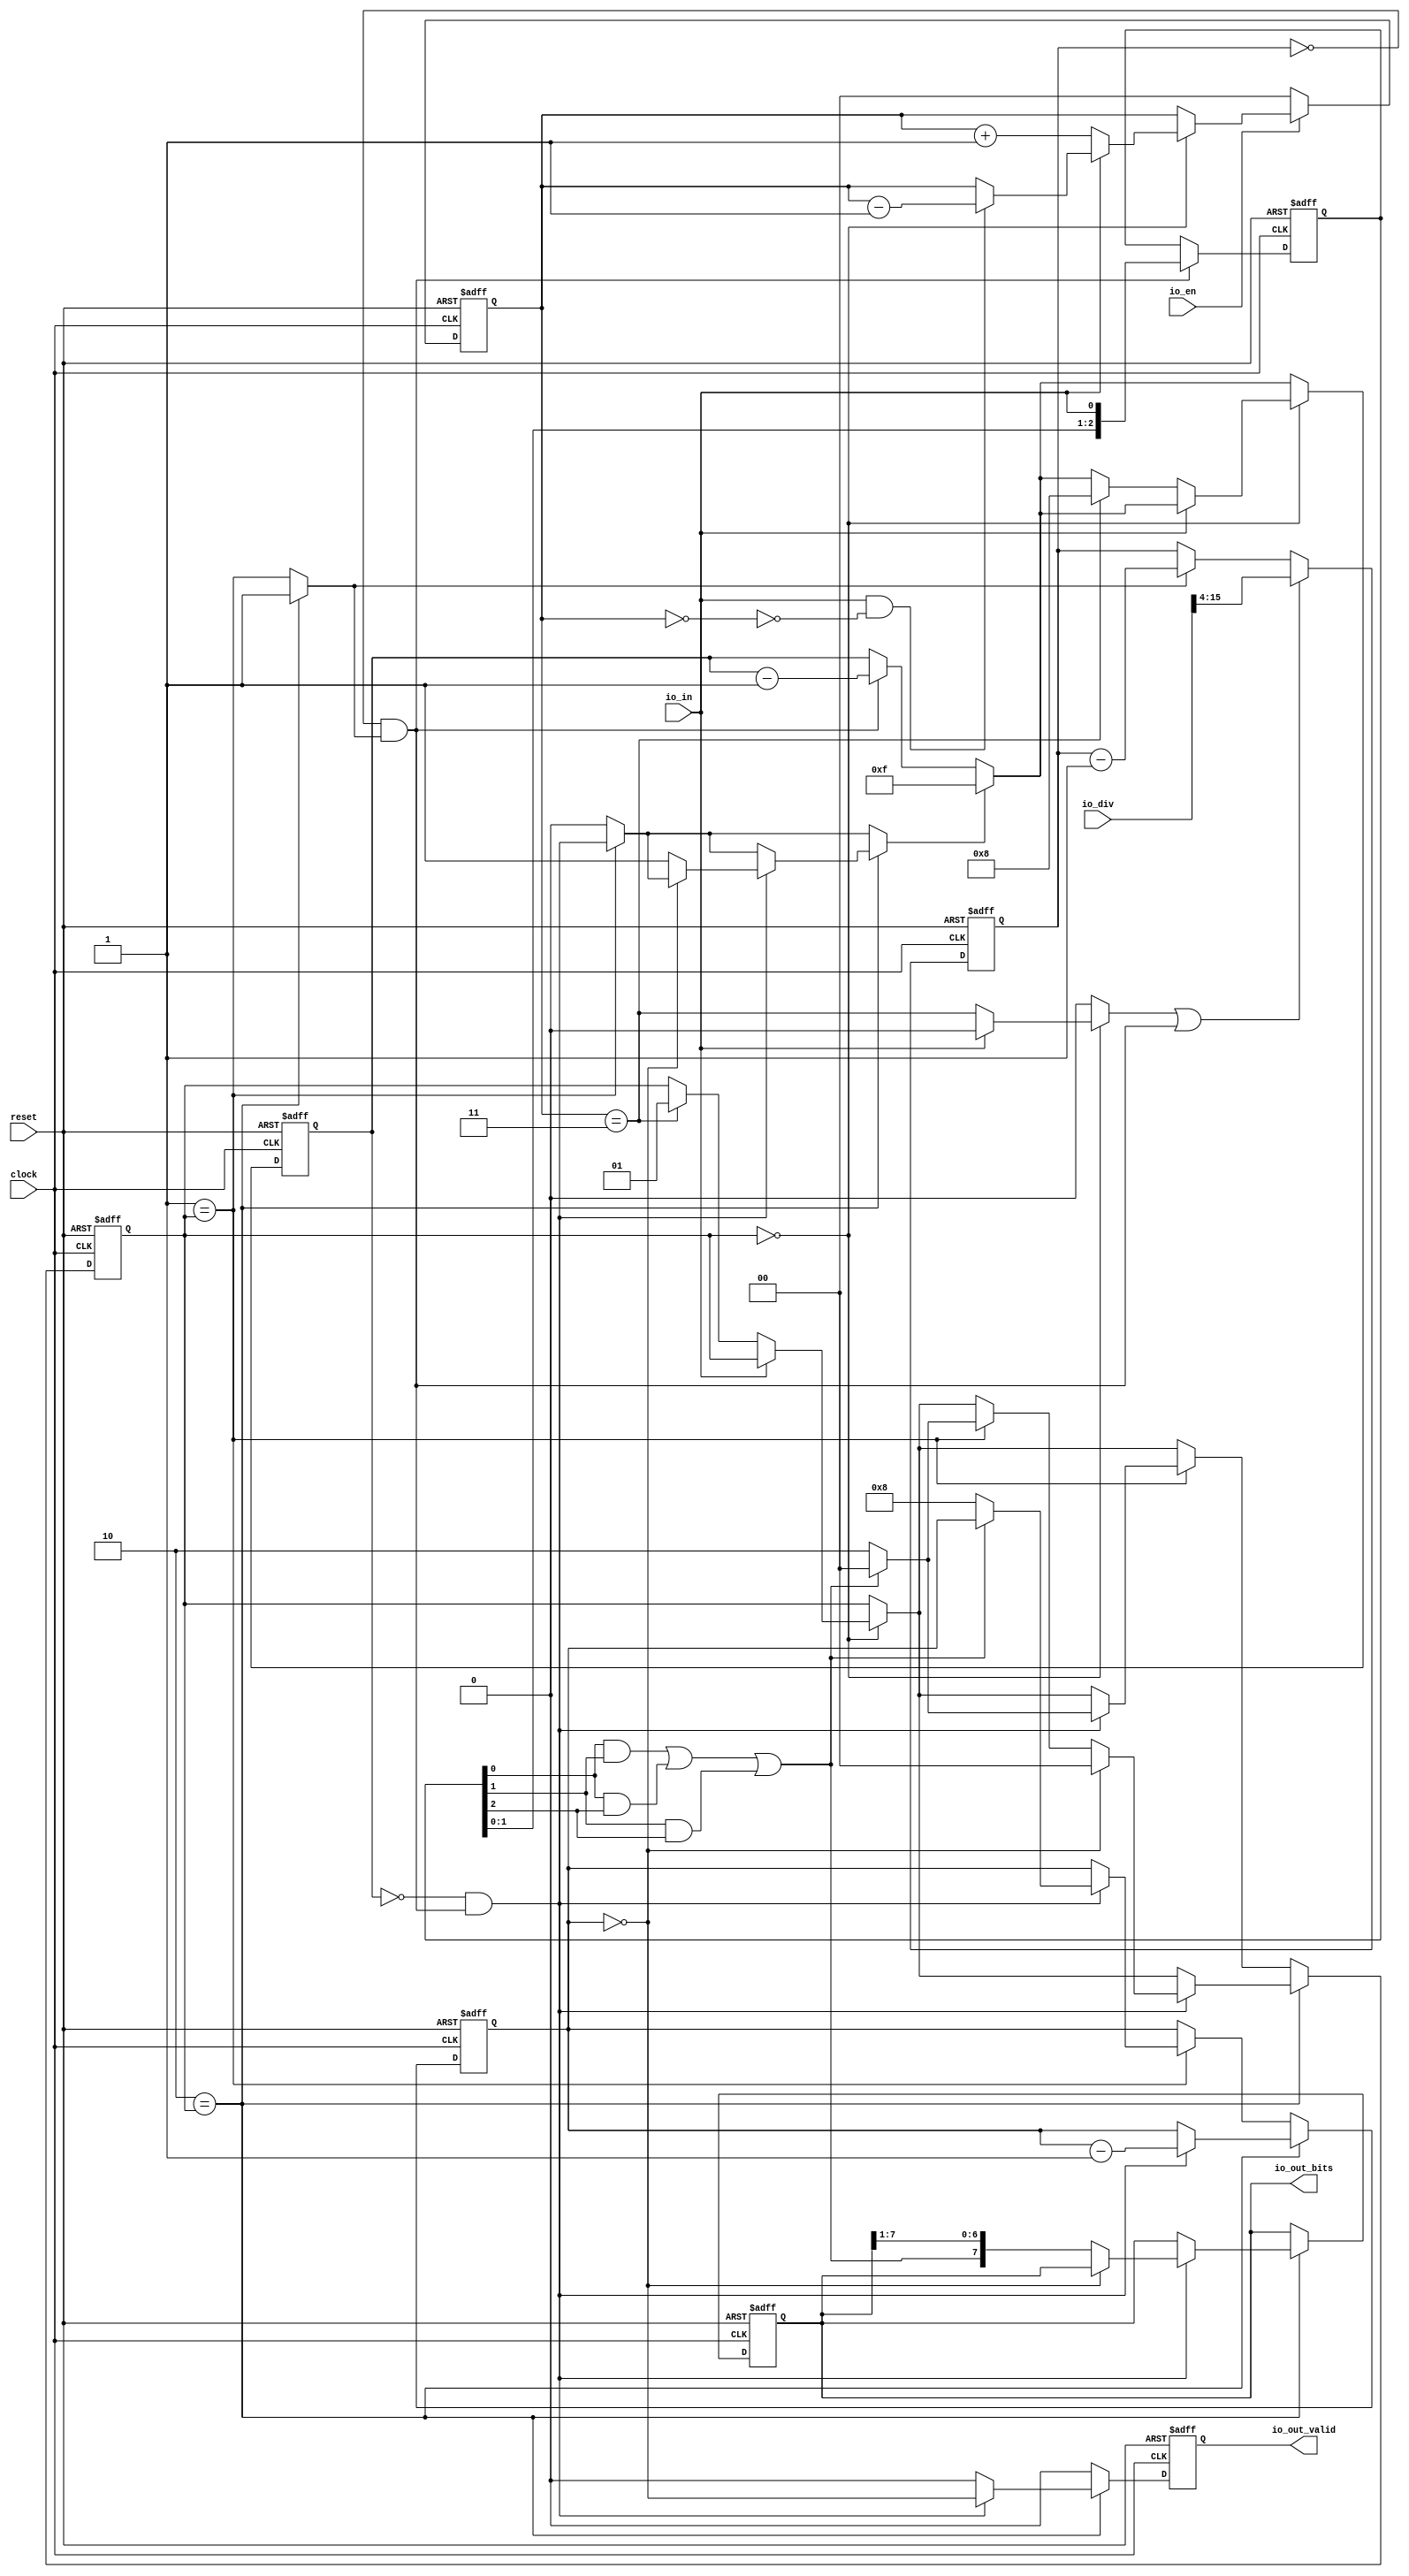
module n101_uartrx(
  input   clock,
  input   reset,
  input   io_en,
  input   io_in,
  output  io_out_valid,
  output [7:0] io_out_bits,
  input  [15:0] io_div
);
  reg [1:0] debounce;
  reg [31:0] GEN_7;
  wire  debounce_max;
  wire  debounce_min;
  reg [11:0] prescaler;
  reg [31:0] GEN_20;
  wire  start;
  wire  busy;
  wire  T_21;
  wire  pulse;
  wire [12:0] T_23;
  wire [11:0] T_24;
  wire [11:0] GEN_0;
  wire  T_25;
  wire [11:0] T_26;
  wire [11:0] GEN_1;
  reg [2:0] sample;
  reg [31:0] GEN_23;
  wire  T_28;
  wire  T_29;
  wire  T_30;
  wire  T_31;
  wire  T_32;
  wire  T_33;
  wire  T_34;
  wire  T_35;
  wire [3:0] T_36;
  wire [3:0] GEN_2;
  reg [4:0] timer;
  reg [31:0] GEN_28;
  reg [3:0] counter;
  reg [31:0] GEN_43;
  reg [7:0] shifter;
  reg [31:0] GEN_44;
  wire  T_41;
  wire  expire;
  wire  sched;
  wire [5:0] T_44;
  wire [4:0] T_45;
  wire [4:0] GEN_3;
  wire [4:0] GEN_4;
  reg  valid;
  reg [31:0] GEN_45;
  reg [1:0] state;
  reg [31:0] GEN_46;
  wire  T_50;
  wire  T_52;
  wire  T_54;
  wire  T_56;
  wire  T_57;
  wire [2:0] T_59;
  wire [1:0] T_60;
  wire [1:0] GEN_5;
  wire [2:0] T_64;
  wire [1:0] T_65;
  wire [1:0] GEN_6;
  wire [4:0] GEN_8;
  wire [1:0] GEN_9;
  wire [1:0] GEN_10;
  wire  GEN_11;
  wire [4:0] GEN_12;
  wire [1:0] GEN_13;
  wire [1:0] GEN_14;
  wire  GEN_15;
  wire [4:0] GEN_16;
  wire  T_68;
  wire [1:0] GEN_17;
  wire  T_72;
  wire [1:0] GEN_18;
  wire [3:0] GEN_19;
  wire [1:0] GEN_21;
  wire [3:0] GEN_22;
  wire  GEN_24;
  wire [1:0] GEN_25;
  wire [3:0] GEN_26;
  wire  T_74;
  wire [4:0] T_77;
  wire [3:0] T_78;
  wire  T_80;
  wire [1:0] GEN_27;
  wire  T_83;
  wire [6:0] T_84;
  wire [7:0] T_85;
  wire [7:0] GEN_29;
  wire  GEN_30;
  wire [3:0] GEN_31;
  wire [1:0] GEN_32;
  wire  GEN_33;
  wire [7:0] GEN_34;
  wire  GEN_35;
  wire  GEN_36;
  wire [3:0] GEN_37;
  wire [1:0] GEN_38;
  wire  GEN_39;
  wire [7:0] GEN_40;
  wire  GEN_41;
  wire  T_88;
  wire [1:0] GEN_42;
  assign io_out_valid = valid;
  assign io_out_bits = shifter;
  assign debounce_max = debounce == 2'h3;
  assign debounce_min = debounce == 2'h0;
  assign start = GEN_15;
  assign busy = GEN_36;
  assign T_21 = prescaler == 12'h0;
  assign pulse = T_21 & busy;
  assign T_23 = prescaler - 12'h1;
  assign T_24 = T_23[11:0];
  assign GEN_0 = busy ? T_24 : prescaler;
  assign T_25 = start | pulse;
  assign T_26 = io_div[15:4];
  assign GEN_1 = T_25 ? T_26 : GEN_0;
  assign T_28 = sample[0];
  assign T_29 = sample[1];
  assign T_30 = sample[2];
  assign T_31 = T_28 & T_29;
  assign T_32 = T_28 & T_30;
  assign T_33 = T_31 | T_32;
  assign T_34 = T_29 & T_30;
  assign T_35 = T_33 | T_34;
  assign T_36 = {sample,io_in};
  assign GEN_2 = pulse ? T_36 : {{1'd0}, sample};
  assign T_41 = timer == 5'h0;
  assign expire = T_41 & pulse;
  assign sched = GEN_41;
  assign T_44 = timer - 5'h1;
  assign T_45 = T_44[4:0];
  assign GEN_3 = pulse ? T_45 : timer;
  assign GEN_4 = sched ? 5'hf : GEN_3;
  assign T_50 = 2'h0 == state;
  assign T_52 = io_in == 1'h0;
  assign T_54 = T_52 == 1'h0;
  assign T_56 = debounce_min == 1'h0;
  assign T_57 = T_54 & T_56;
  assign T_59 = debounce - 2'h1;
  assign T_60 = T_59[1:0];
  assign GEN_5 = T_57 ? T_60 : debounce;
  assign T_64 = debounce + 2'h1;
  assign T_65 = T_64[1:0];
  assign GEN_6 = debounce_max ? 2'h1 : state;
  assign GEN_8 = debounce_max ? 5'h8 : GEN_4;
  assign GEN_9 = T_52 ? T_65 : GEN_5;
  assign GEN_10 = T_52 ? GEN_6 : state;
  assign GEN_11 = T_52 ? debounce_max : 1'h0;
  assign GEN_12 = T_52 ? GEN_8 : GEN_4;
  assign GEN_13 = T_50 ? GEN_9 : debounce;
  assign GEN_14 = T_50 ? GEN_10 : state;
  assign GEN_15 = T_50 ? GEN_11 : 1'h0;
  assign GEN_16 = T_50 ? GEN_12 : GEN_4;
  assign T_68 = 2'h1 == state;
  assign GEN_17 = T_35 ? 2'h0 : GEN_14;
  assign T_72 = T_35 == 1'h0;
  assign GEN_18 = T_72 ? 2'h2 : GEN_17;
  assign GEN_19 = T_72 ? 4'h8 : counter;
  assign GEN_21 = expire ? GEN_18 : GEN_14;
  assign GEN_22 = expire ? GEN_19 : counter;
  assign GEN_24 = T_68 ? expire : 1'h0;
  assign GEN_25 = T_68 ? GEN_21 : GEN_14;
  assign GEN_26 = T_68 ? GEN_22 : counter;
  assign T_74 = 2'h2 == state;
  assign T_77 = counter - 4'h1;
  assign T_78 = T_77[3:0];
  assign T_80 = counter == 4'h0;
  assign GEN_27 = T_80 ? 2'h0 : GEN_25;
  assign T_83 = T_80 == 1'h0;
  assign T_84 = shifter[7:1];
  assign T_85 = {T_35,T_84};
  assign GEN_29 = T_83 ? T_85 : shifter;
  assign GEN_30 = T_83 ? 1'h1 : GEN_24;
  assign GEN_31 = expire ? T_78 : GEN_26;
  assign GEN_32 = expire ? GEN_27 : GEN_25;
  assign GEN_33 = expire ? T_80 : 1'h0;
  assign GEN_34 = expire ? GEN_29 : shifter;
  assign GEN_35 = expire ? GEN_30 : GEN_24;
  assign GEN_36 = T_74 ? 1'h1 : T_68;
  assign GEN_37 = T_74 ? GEN_31 : GEN_26;
  assign GEN_38 = T_74 ? GEN_32 : GEN_25;
  assign GEN_39 = T_74 ? GEN_33 : 1'h0;
  assign GEN_40 = T_74 ? GEN_34 : shifter;
  assign GEN_41 = T_74 ? GEN_35 : GEN_24;
  assign T_88 = io_en == 1'h0;
  assign GEN_42 = T_88 ? 2'h0 : GEN_13;

  always @(posedge clock or posedge reset)
    if (reset) begin
      debounce <= 2'h0;
    end else begin
      if (T_88) begin
        debounce <= 2'h0;
      end else begin
        if (T_50) begin
          if (T_52) begin
            debounce <= T_65;
          end else begin
            if (T_57) begin
              debounce <= T_60;
            end
          end
        end
      end
    end

  always @(posedge clock or posedge reset)
    if (reset) begin
      prescaler <= 12'h0;
    end else begin
      if (T_25) begin
        prescaler <= T_26;
      end else begin
        if (busy) begin
          prescaler <= T_24;
        end
      end
    end


  always @(posedge clock or posedge reset)
  if (reset) begin

    sample <= 3'b0;
    timer <= 5'h0;
    counter <= 4'b0;
    shifter <= 8'b0;

  end
  else begin
    sample <= GEN_2[2:0];
    if (T_50) begin
      if (T_52) begin
        if (debounce_max) begin
          timer <= 5'h8;
        end else begin
          if (sched) begin
            timer <= 5'hf;
          end else begin
            if (pulse) begin
              timer <= T_45;
            end
          end
        end
      end else begin
        if (sched) begin
          timer <= 5'hf;
        end else begin
          if (pulse) begin
            timer <= T_45;
          end
        end
      end
    end else begin
      if (sched) begin
        timer <= 5'hf;
      end else begin
        if (pulse) begin
          timer <= T_45;
        end
      end
    end
    if (T_74) begin
      if (expire) begin
        counter <= T_78;
      end else begin
        if (T_68) begin
          if (expire) begin
            if (T_72) begin
              counter <= 4'h8;
            end
          end
        end
      end
    end else begin
      if (T_68) begin
        if (expire) begin
          if (T_72) begin
            counter <= 4'h8;
          end
        end
      end
    end
    if (T_74) begin
      if (expire) begin
        if (T_83) begin
          shifter <= T_85;
        end
      end
    end
  end


  always @(posedge clock or posedge reset)
    if (reset) begin
      valid <= 1'h0;
    end else begin
      if (T_74) begin
        if (expire) begin
          valid <= T_80;
        end else begin
          valid <= 1'h0;
        end
      end else begin
        valid <= 1'h0;
      end
    end

  always @(posedge clock or posedge reset)
    if (reset) begin
      state <= 2'h0;
    end else begin
      if (T_74) begin
        if (expire) begin
          if (T_80) begin
            state <= 2'h0;
          end else begin
            if (T_68) begin
              if (expire) begin
                if (T_72) begin
                  state <= 2'h2;
                end else begin
                  if (T_35) begin
                    state <= 2'h0;
                  end else begin
                    if (T_50) begin
                      if (T_52) begin
                        if (debounce_max) begin
                          state <= 2'h1;
                        end
                      end
                    end
                  end
                end
              end else begin
                if (T_50) begin
                  if (T_52) begin
                    if (debounce_max) begin
                      state <= 2'h1;
                    end
                  end
                end
              end
            end else begin
              if (T_50) begin
                if (T_52) begin
                  if (debounce_max) begin
                    state <= 2'h1;
                  end
                end
              end
            end
          end
        end else begin
          if (T_68) begin
            if (expire) begin
              if (T_72) begin
                state <= 2'h2;
              end else begin
                if (T_35) begin
                  state <= 2'h0;
                end else begin
                  if (T_50) begin
                    if (T_52) begin
                      if (debounce_max) begin
                        state <= 2'h1;
                      end
                    end
                  end
                end
              end
            end else begin
              state <= GEN_14;
            end
          end else begin
            state <= GEN_14;
          end
        end
      end else begin
        if (T_68) begin
          if (expire) begin
            if (T_72) begin
              state <= 2'h2;
            end else begin
              if (T_35) begin
                state <= 2'h0;
              end else begin
                state <= GEN_14;
              end
            end
          end else begin
            state <= GEN_14;
          end
        end else begin
          state <= GEN_14;
        end
      end
    end

endmodule